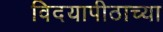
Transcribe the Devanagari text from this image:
विदयापीठाच्या